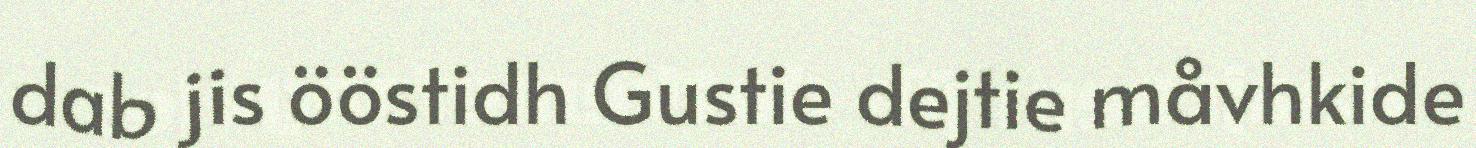
dab jis ööstidh Gustie dejtie måvhkide